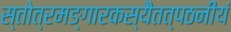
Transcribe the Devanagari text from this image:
स्तोत्रमङ्गारकस्यैतत्पठनीयं